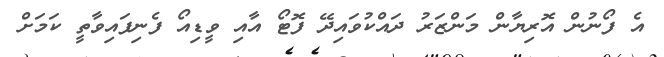
އެ ފޯނުން އޮރިޔާން މަންޒަރު ދައްކުވައިދޭ ފޮޓޯ އާއި ވީޑިއޯ ފެނިފައިވާތީ ކަމަށް